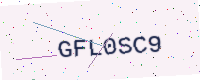
Text: GFL0SC9